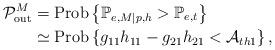
LaTeX: \begin{align*}\mathcal{P}_{\rm out}^M &= {\rm Prob}\left\{ \mathbb{P}_{e,M|p,h}>\mathbb{P}_{e,t} \right\} \\&\simeq {\rm Prob}\left\{ g_{11}h_{11}-g_{21}h_{21} < \mathcal{A}_{th1} \right\} ,\end{align*}